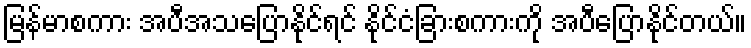
မြန်မာစကား အပီအသပြောနိုင်ရင် နိုင်ငံခြားစကားကို အပီပြောနိုင်တယ်။